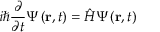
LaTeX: i \hbar { \frac { \partial } { \partial t } } \Psi \left( \mathbf { r } , t \right) = { \hat { H } } \Psi \left( \mathbf { r } , t \right) \,